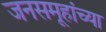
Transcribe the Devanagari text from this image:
जनसमूहांच्या